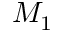
M _ { 1 }